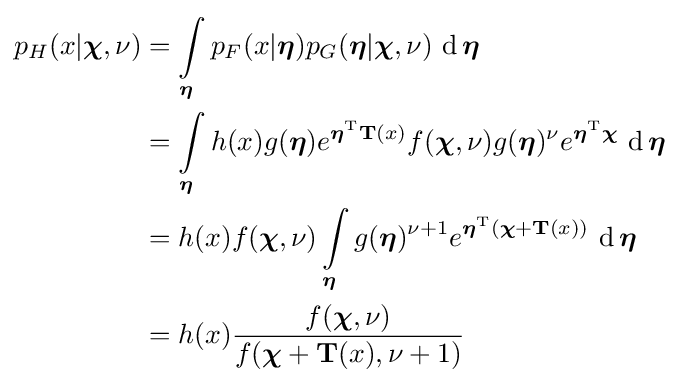
{\begin{aligned}p_{H}(x|{\boldsymbol {\chi }},\nu )&={\displaystyle \int \limits _{\boldsymbol {\eta }}p_{F}(x|{\boldsymbol {\eta }})p_{G}({\boldsymbol {\eta }}|{\boldsymbol {\chi }},\nu )\,\operatorname {d} {\boldsymbol {\eta }}}\\&={\displaystyle \int \limits _{\boldsymbol {\eta }}h(x)g({\boldsymbol {\eta }})e^{{\boldsymbol {\eta }}^{\rm {T}}\mathbf {T} (x)}f({\boldsymbol {\chi }},\nu )g({\boldsymbol {\eta }})^{\nu }e^{{\boldsymbol {\eta }}^{\rm {T}}{\boldsymbol {\chi }}}\,\operatorname {d} {\boldsymbol {\eta }}}\\&={\displaystyle h(x)f({\boldsymbol {\chi }},\nu )\int \limits _{\boldsymbol {\eta }}g({\boldsymbol {\eta }})^{\nu +1}e^{{\boldsymbol {\eta }}^{\rm {T}}({\boldsymbol {\chi }}+\mathbf {T} (x))}\,\operatorname {d} {\boldsymbol {\eta }}}\\&=h(x){\dfrac {f({\boldsymbol {\chi }},\nu )}{f({\boldsymbol {\chi }}+\mathbf {T} (x),\nu +1)}}\end{aligned}}